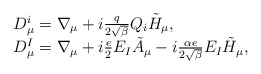
\begin{align*}\begin{array}{ll}D_{\mu}^i = \nabla_{\mu} + i \frac{q}{2\sqrt{\beta}} Q_i \tilde H_{\mu}, \\D_{\mu}^I = \nabla_{\mu} + i \frac{e}{2} E_I \tilde A_{\mu} -i \frac{\alpha e}{2 \sqrt{\beta} }E_I \tilde H_{\mu},\end{array}\end{align*}